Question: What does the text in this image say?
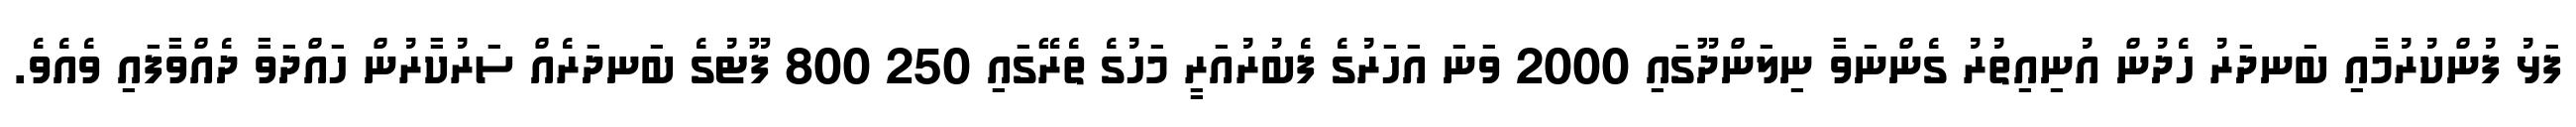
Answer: ފަޅު ފުންކުރުމާއި ބަނދަރު ހެދުން އުނިއިތުރު ގެންނަވާ ނިލަންދޫގައި 2000 ވަނަ އަހަރުގެ ފެބުރުއަރީ މަހުގެ ތެރޭގައި 250 800 ފޫޓުގެ ބަނދަރެއް ސަރުކާރުން ހައްދަވާ ދެއްވާފައި ވެއެވެ.